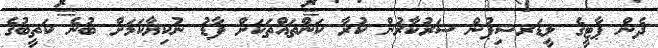
ދެން ޕާޓީގެ ލީޑަރޝިޕުން ސަރުކާރުން ކުރާ ކަންތައްތަކަށް ފާޑު ނުކިޔާކަމަށް ބުނެ ކަތީބުގެ